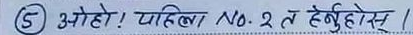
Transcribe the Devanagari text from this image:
(5) ओहो! पाहिला No. २ त हेनुहोस् ।